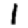
Digit: 1